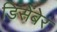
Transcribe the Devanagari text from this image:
डिसेंबेर